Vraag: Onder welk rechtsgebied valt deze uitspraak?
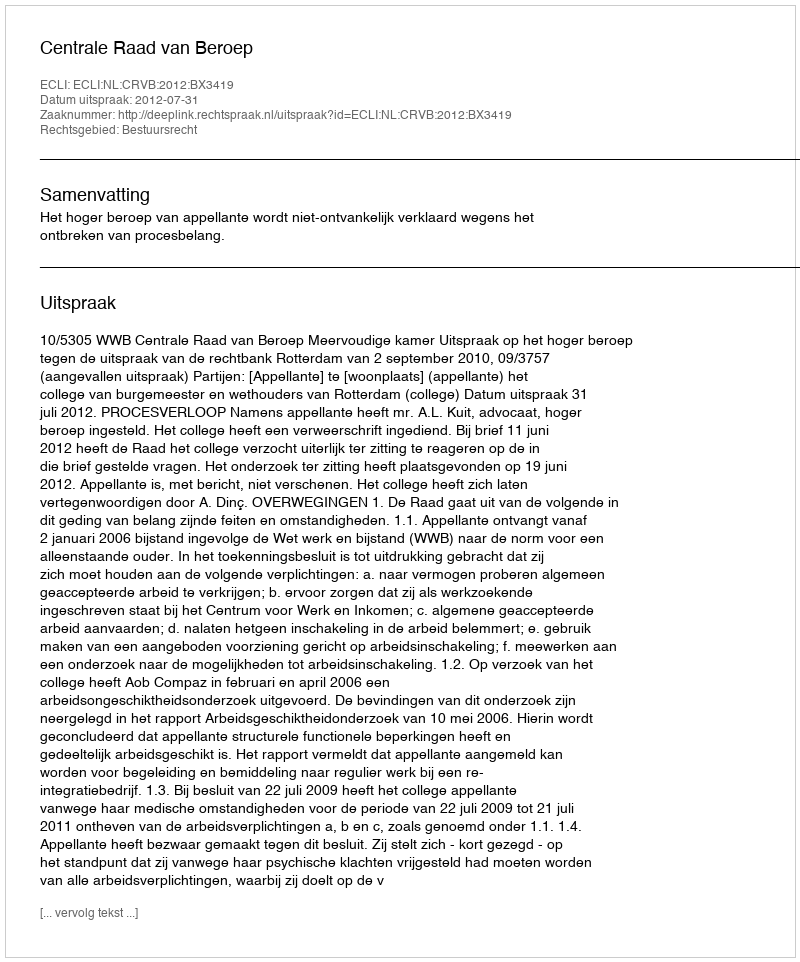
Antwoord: Bestuursrecht